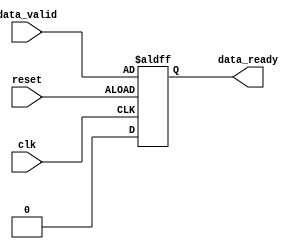
module TimingControlSync (
    input wire clk,
    input wire reset,
    input wire data_valid,
    output wire data_ready
);

reg data_ready_sync;

// Synchronize data ready signal to clock domain
always @(posedge clk or negedge reset) begin
    if (reset) begin
        data_ready_sync <= 1'b0;
    end else begin
        data_ready_sync <= data_valid;
    end
end

assign data_ready = data_ready_sync;

endmodule